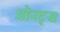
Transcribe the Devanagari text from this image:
ओरट्स